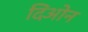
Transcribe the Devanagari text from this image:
दिओन